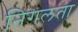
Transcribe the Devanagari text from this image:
निगलता